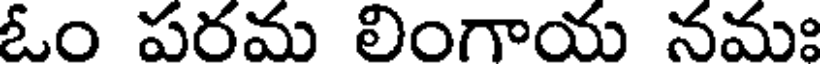
ఓం పరమ లింగాయ నమః